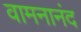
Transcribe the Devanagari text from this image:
वामनानंद